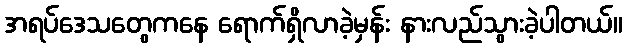
အရပ်ဒေသတွေကနေ ရောက်ရှိလာခဲ့မှန်း နားလည်သွားခဲ့ပါတယ်။